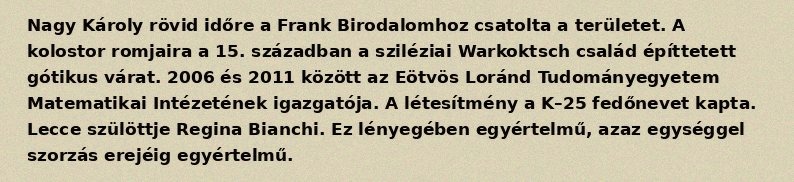
Nagy Károly rövid időre a Frank Birodalomhoz csatolta a területet. A kolostor romjaira a 15. században a sziléziai Warkoktsch család építtetett gótikus várat. 2006 és 2011 között az Eötvös Loránd Tudományegyetem Matematikai Intézetének igazgatója. A létesítmény a K–25 fedőnevet kapta. Lecce szülöttje Regina Bianchi. Ez lényegében egyértelmű, azaz egységgel szorzás erejéig egyértelmű.